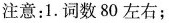
注意：1. 词数 80 左右；